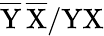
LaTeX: \mathrm{\overline{{Y}}\, \overline{{X}}/YX}